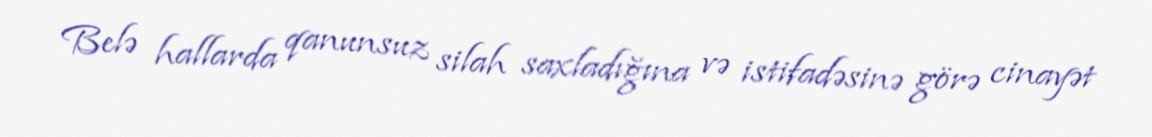
Belə hallarda qanunsuz silah saxladığına və istifadəsinə görə cinayət